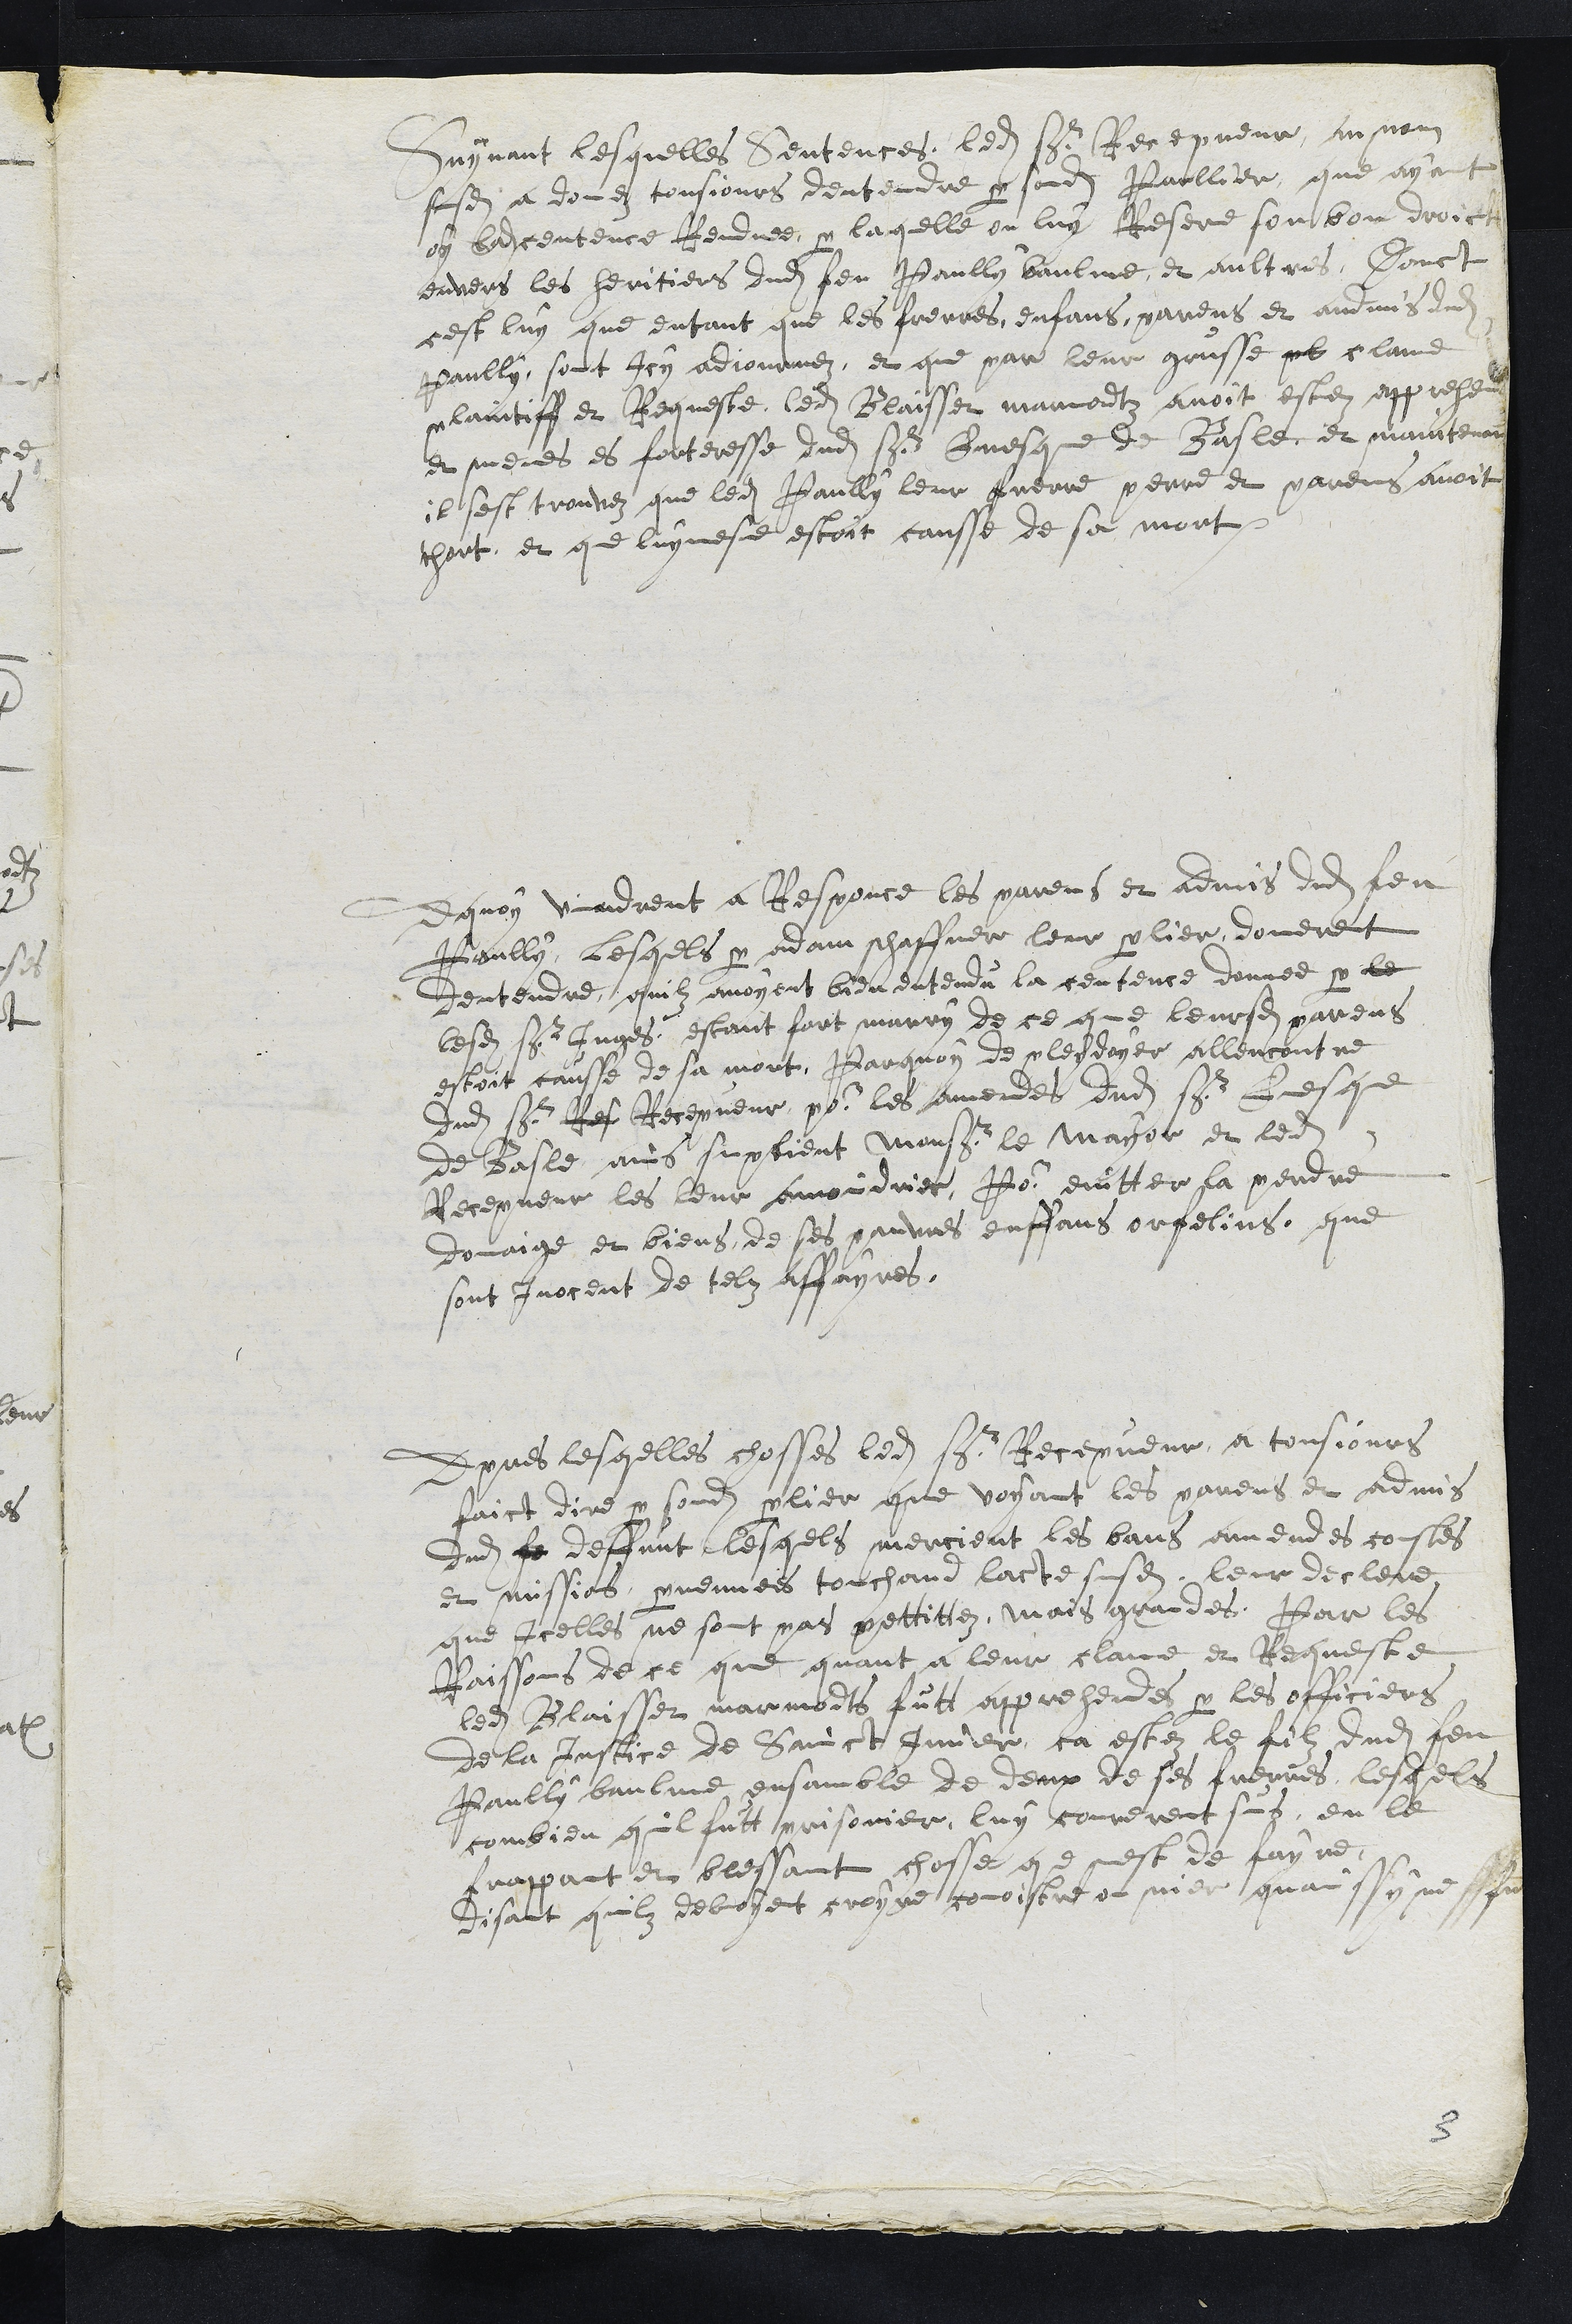
Suyvant lesquelles Sentences, ledit Sr Recepveur au nom
susdit a donez tousjours dentendre par sondit Parllier que ayant
oy ladite centence Renduee, par laquelle on luy Reserve son bon droict
envers les heritiers dudit feu Paully baulme et aultres, Donct
cest luy que entant que les frerres, enfans, parens et admis dudit
Paully, sont Icy adjournez, et que par leur grusse pl clame
plaintiff et Requeste ledit Blaisset marmodts avoit estez apprehendez
et menes es forteresse dudit sieur Evesque de Basle et maintenant
il sest trouvez que ledit Paully leur frerre perre et parens avoit
thort, et que luy mesme estoit causse de sa mort.
A quoy vindrent a Responce les parens et admis dudit feu
Paully, Lesquels par adam schaffner leur parlier, donerent
dentendre quilz avoyent bien entendu la centence donnee par le
lesdits sieurs juges, estant fort marry de ce que leursdits parens
estoit causse de sa mort, Parquoy de pleydoyer allencontre
dudit sieur Res Recepveur pour les amendes dudit sr Evesque
de Basle ains suplient Monsr le Mayor et ledit
Recepveur les leur amoindrier, Pour evitter la perdre
domaige et biens de ses pauvres enffans orfelins que
sont Inocent de telz affayres.
Apres lesquelles chosses ledit sr Recepveur a tousjours
faict dire par sondit parlier que voyant les parens et admis
dudit se deffunt lesquels menoient les bans amendes coustes
et missions parvenuees touchant lacte susdit, leur declere
que Icelles ne sont pas pettittes, mais grandes, Par les
Raissons de ce que quant a leur clame et Requeste
ledit Blaisser marmodts futt apprehendes par les officiers
de la Justice de Sainct Imier, ca estez le filz dudit feu
Paully baulme ensamble de deux de ses frerres, lesquels
combien quil futt prisonier, luy courerent sus, en le
frappant et blessant chosse que nest de fayre
disant quilz devoyent croyre conoistre ou nier quainssy ne fut
3